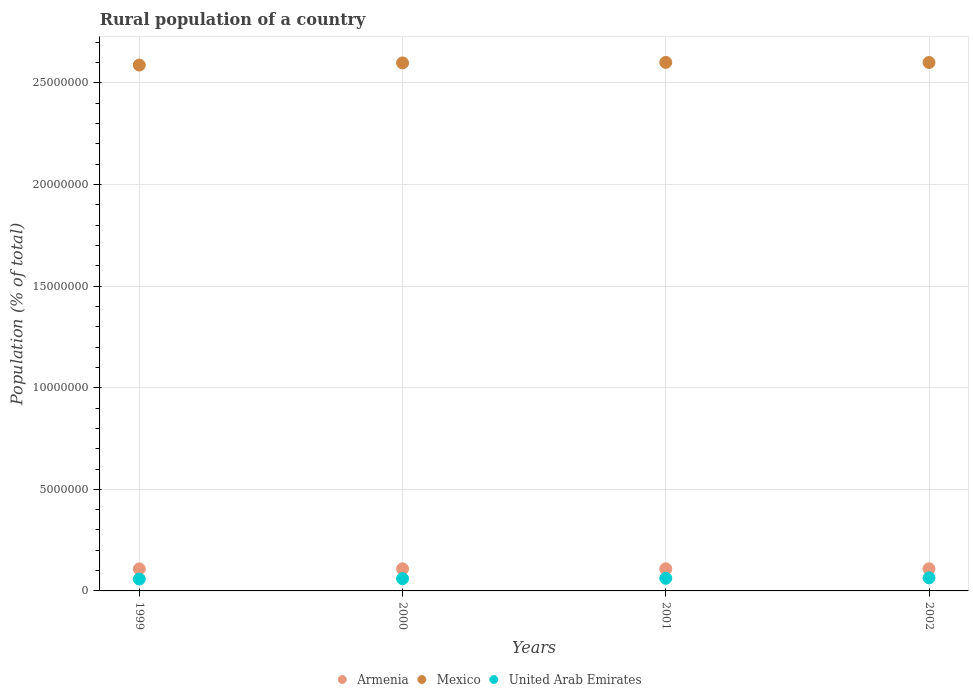
| Years | Armenia | Mexico | United Arab Emirates |
 | --- | --- | --- | --- |
 | 1999 | 1.08e+06 | 2.59e+07 | 5.82e+05 |
 | 2000 | 1.09e+06 | 2.6e+07 | 6.03e+05 |
 | 2001 | 1.09e+06 | 2.6e+07 | 6.22e+05 |
 | 2002 | 1.09e+06 | 2.6e+07 | 6.43e+05 |